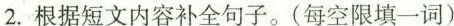
2.根据短文内容补全句子.(每空限填一词)